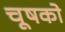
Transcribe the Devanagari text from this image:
चूषको